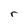
Character: r